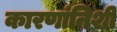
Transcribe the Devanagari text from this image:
कारणांनिशी